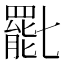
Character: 𠤩